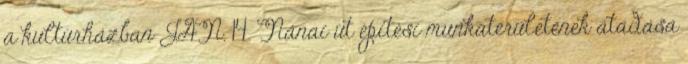
a kultúrházban JAN. 14. Nánai út építési munkaterületének átadása